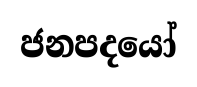
ජනපදයෝ